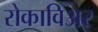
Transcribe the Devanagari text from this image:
रोकाविअर